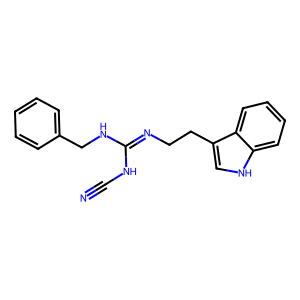
SMILES: N#CNC(=NCCc1c[nH]c2ccccc12)NCc1ccccc1
Inhibits HIV replication: No